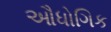
ઔધોગિક